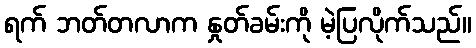
ရက် ဘတ်တလာက နှုတ်ခမ်းကို မဲ့ပြလိုက်သည်။